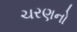
ચરણનો